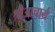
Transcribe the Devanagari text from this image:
श्रीआचार्य